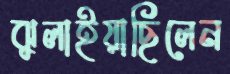
ঝুলাইয়াছিলেন